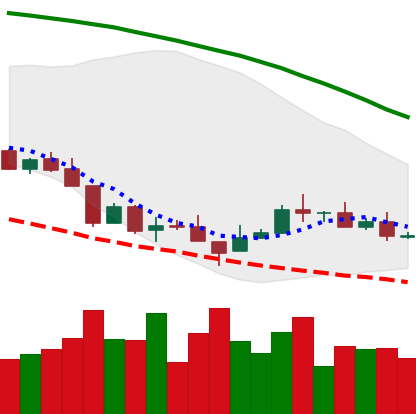
Ticker: XMR-USD
Chart end date: 2018-08-23
Forward return: 19.387%
Label: up_7plus